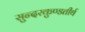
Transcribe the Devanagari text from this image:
सुन्दरकुण्डतीर्थ